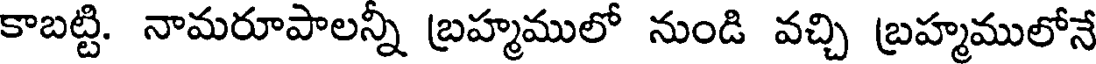
కాబట్టి. నామరూపాలన్నీ బ్రహ్మములో నుండి వచ్చి బ్రహ్మములోనే